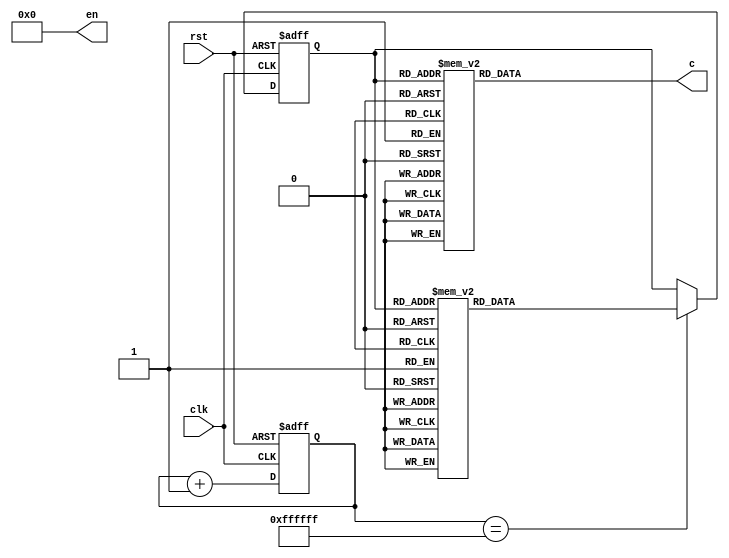

//8,
//state0--state1--state2--state3--state4--state5--state6-state7--state0

module state_machine(clk,rst,c,en);

input clk,rst;
output[7:0] c;
reg[7:0] c;
output[7:0] en;

parameter state0=3'b000,
		  state1=3'b001,
		  state2=3'b010,
		  state3=3'b011,
		  state4=3'b100,
		  state5=3'b101,
		  state6=3'b110,
		  state7=3'b111;
		
reg[2:0] state;

reg[23:0] cnt;

assign en=0;

always@(posedge clk or negedge rst)
begin
	if(!rst) begin
		state<=state0;
		cnt<=0;
	 end
	else begin
		cnt<=cnt+1;
		if(cnt==24'hffffff) begin
			case(state)
				state0:
					state<=state1;
				state1:
					state<=state2;
				state2:
					state<=state3;
				state3:
					state<=state4;
				state4:
					state<=state5;
				state5:
					state<=state6;
				state6:
					state<=state7;
				state7:
					state<=state0;
			 endcase
		 end
	 end
end

always@(state)
begin
	case(state)
		state0:
			c=8'b1100_0000;
		state1:
			c=8'b1111_1001;
		state2:
			c=8'b1010_0100;
		state3:
			c=8'b1011_0000;
		state4:
			c=8'b1001_1001;
		state5:
			c=8'b1001_0010;
		state6:
			c=8'b1000_0010;
		state7:
			c=8'b1111_1000;
	 endcase
end

endmodule